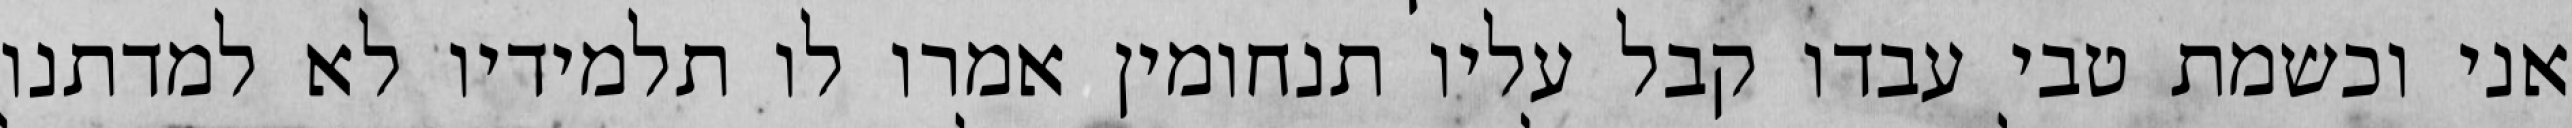
אני וכשמת טבי עבדו קבל עליו תנחומין אמרו לו תלמידיו לא למדתנו